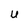
Character: u